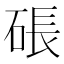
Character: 䂻